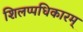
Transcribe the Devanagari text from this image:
शिलप्पधिकारम्‌